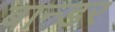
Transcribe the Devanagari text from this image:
बान्डर